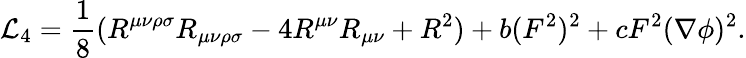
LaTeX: {\cal L}_{4}=\frac{1}{8}(R^{\mu\nu\rho\sigma}R_{\mu\nu\rho\sigma}-4R^{\mu\nu}R_{\mu\nu}+R^{2})+b(F^{2})^{2}+cF^{2}(\nabla\phi)^{2}.